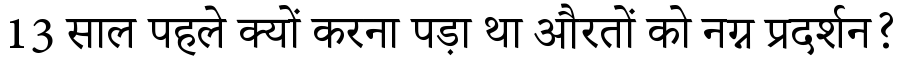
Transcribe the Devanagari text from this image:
13 साल पहले क्यों करना पड़ा था औरतों को नग्न प्रदर्शन?